Civil Veterinary Dept. Bombay admin report 1923-31 - 1923-1931
Year: 1923
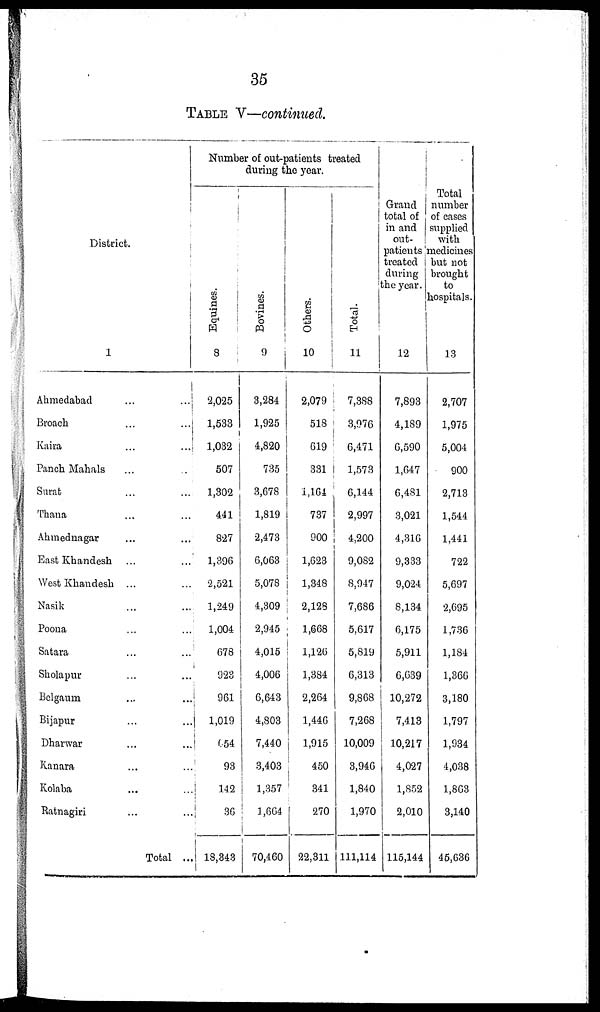
35
TABLE V—continued.
District.
1
Ahmedabad
...
...
Broach
...
...
Kaira
...
...
Panch Mahals ... ...
Surat ... ...
Thana ... ...
Ahmednagar ... ...
East Khandesh ... ...
West Khandesh ... ...
Nasik ... ...
Poona ... ...
Satara ... ...
Sholapur ... ...
Belgaum ... ...
Bijapur ... ...
Dharwar ... ...
Kanara ... ...
Kolaba ... ...
Ratnagiri ... ...
Total ...
Number of out-patients treated
during the year.
Equi nes .
8
2,025
1,533
1,032
507
1,302
441
827
1,396
2,521
1,249
1,004
678
923
961
1,019
654
93
142
36
18,343
Bovi ne s .
9
3,284
1,925
4,820
735
3,678
1,819
2,473
6,063
5,078
4,309
2,945
4,015
4,006
6,643
4,803
7,440
3,403
1,357
1,664
70,460
Others.
10
2,079
518
619
331
1,164
737
900
1,623
1,348
2,128
1,668
1,126
1,384
2,264
1,446
1,915
450
341
270
22,311
Tot al .
11
7,388
3,976
6,471
1,573
6,144
2,997
4,200
9,082
8,947
7,686
5,617
5,819
6,313
9,868
7,268
10,009
3,946
1,840
1,970
111,114
Grand
total of
in and
out-
patients
treated
during
the year.
12
7,893
4,189
6,590
1,647
6,481
3,021
4,316
9,333
9,024
8,134
6,175
5,911
6,639
10,272
7,413
10,217
4,027
1,852
2,010
115,144
Total
number
of cases
supplied
with
medicines
but not
brought
to
hospitals.
13
2,707
1,975
5,004
900
2,713
1,544
1,441
722
5,697
2,695
1,736
1,184
1,366
3,180
1,797
1,934
4,038
1,863
3,140
45,636